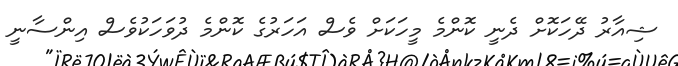
ޝިއާރު ދޭހަކޮށް ދެނީ ކޮންމެ މީހަކަށް ވެސް އަހަރުގެ ކޮންމެ ދުވަހަކުވެސް އިންސާނީ